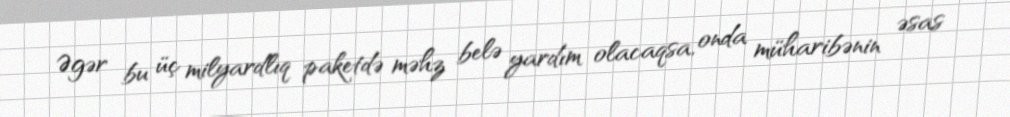
Əgər bu üç milyardlıq paketdə məhz belə yardım olacaqsa, onda müharibənin əsas